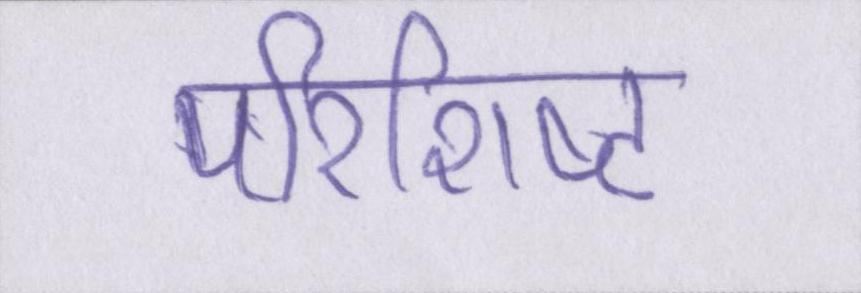
परिशिष्ट